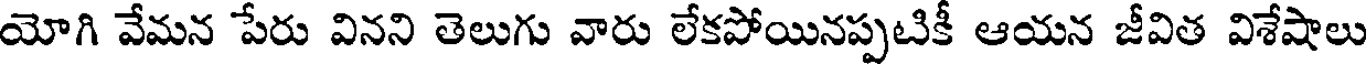
యోగి వేమన పేరు వినని తెలుగు వారు లేకపోయినప్పటికీ ఆయన జీవిత విశేషాలు